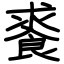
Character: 𩛰